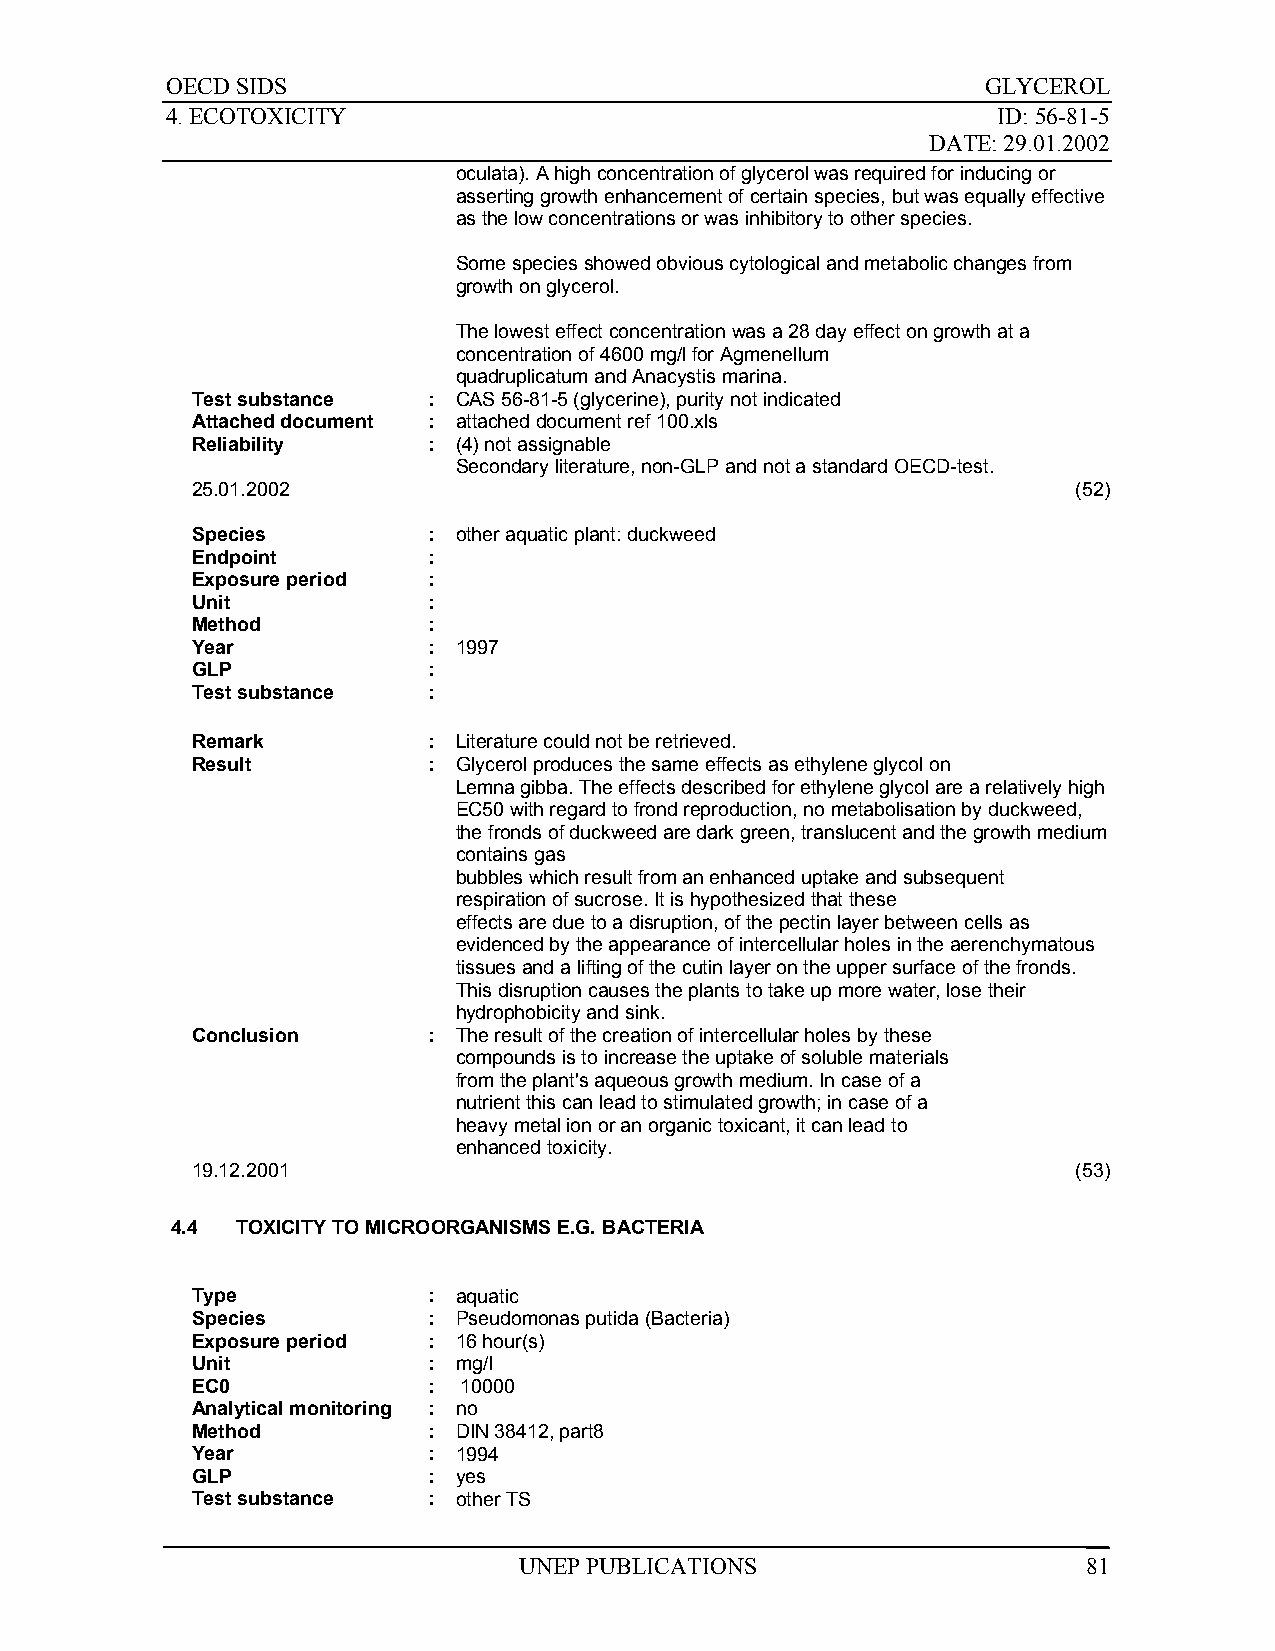
OECD SIDS                                             GLYCEROL
 4. ECOTOXICITY                                         ID: 56-81-5
 DATE: 29.01.2002
 oculata). A high concentration of glycerol was required for inducing or
 asserting growth enhancement of certain species, but was equally effective
 as the low concentrations or was inhibitory to other species.
 Some species showed obvious cytological and metabolic changes from
 growth on glycerol.
 The lowest effect concentration was a 28 day effect on growth at a
 concentration of 4600 mg/l for Agmenellum
 quadruplicatum and Anacystis marina.
 Test substance : CAS 56-81-5 (glycerine), purity not indicated
 Attached document : attached document ref 100.xls
 Reliability    : (4) not assignable
 Secondary literature, non-GLP and not a standard OECD-test.
 25.01.2002                                                (52)
 Species        : other aquatic plant: duckweed
 Endpoint       :
 Exposure period :
 Unit           :
 Method         :
 Year           : 1997
 GLP            :
 Test substance :
 Remark         : Literature could not be retrieved.
 Result         : Glycerol produces the same effects as ethylene glycol on
 Lemna gibba. The effects described for ethylene glycol are a relatively high
 EC50 with regard to frond reproduction, no metabolisation by duckweed,
 the fronds of duckweed are dark green, translucent and the growth medium
 contains gas
 bubbles which result from an enhanced uptake and subsequent
 respiration of sucrose. It is hypothesized that these
 effects are due to a disruption, of the pectin layer between cells as
 evidenced by the appearance of intercellular holes in the aerenchymatous
 tissues and a lifting of the cutin layer on the upper surface of the fronds.
 This disruption causes the plants to take up more water, lose their
 hydrophobicity and sink.
 Conclusion     : The result of the creation of intercellular holes by these
 compounds is to increase the uptake of soluble materials
 from the plant's aqueous growth medium. In case of a
 nutrient this can lead to stimulated growth; in case of a
 heavy metal ion or an organic toxicant, it can lead to
 enhanced toxicity.
 19.12.2001                                                (53)
 4.4  TOXICITY TO MICROORGANISMS E.G. BACTERIA
 Type           : aquatic
 Species        : Pseudomonas putida (Bacteria)
 Exposure period : 16 hour(s)
 Unit           : mg/l
 EC0            :  10000
 Analytical monitoring : no
 Method         : DIN 38412, part8
 Year           : 1994
 GLP            : yes
 Test substance : other TS
 UNEP PUBLICATIONS                     81